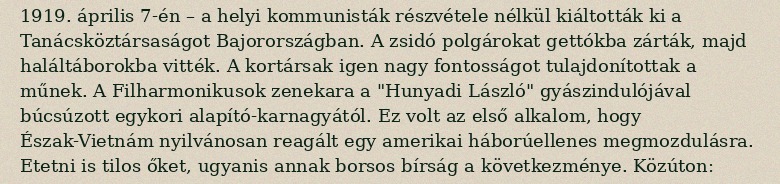
1919. április 7-én – a helyi kommunisták részvétele nélkül kiáltották ki a Tanácsköztársaságot Bajorországban. A zsidó polgárokat gettókba zárták, majd haláltáborokba vitték. A kortársak igen nagy fontosságot tulajdonítottak a műnek. A Filharmonikusok zenekara a "Hunyadi László" gyászindulójával búcsúzott egykori alapító-karnagyától. Ez volt az első alkalom, hogy Észak-Vietnám nyilvánosan reagált egy amerikai háborúellenes megmozdulásra. Etetni is tilos őket, ugyanis annak borsos bírság a következménye. Közúton: